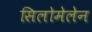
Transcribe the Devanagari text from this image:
सिलोमेलेन